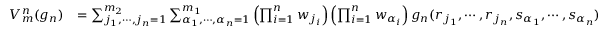
\begin{array} { r l } { V _ { m } ^ { n } ( g _ { n } ) } & { = \sum _ { j _ { 1 } , \cdots , j _ { n } = 1 } ^ { m _ { 2 } } \sum _ { \alpha _ { 1 } , \cdots , \alpha _ { n } = 1 } ^ { m _ { 1 } } \left( \prod _ { i = 1 } ^ { n } w _ { j _ { i } } \right) \left( \prod _ { i = 1 } ^ { n } w _ { \alpha _ { i } } \right) g _ { n } ( r _ { j _ { 1 } } , \cdots , r _ { j _ { n } } , s _ { \alpha _ { 1 } } , \cdots , s _ { \alpha _ { n } } ) } \end{array}